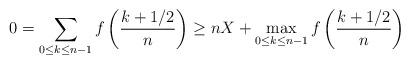
LaTeX: \begin{align*} 0 &= \sum_{0 \leq k \leq n-1} f\left(\frac{k+1/2}{n}\right) \geq nX + \max_{0 \leq k \leq n-1} f\left(\frac{k+1/2}{n}\right) \end{align*}